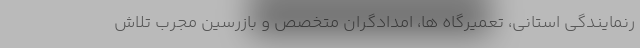
رنمايندگي استانی، تعميرگاه ها، امدادگران متخصص و بازرسين مجرب تلاش